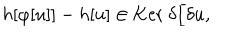
LaTeX: h [ \varphi [ u ] ] - h [ u ] \in \mathrm { K e r ~ } \delta / \delta u ,